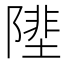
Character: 𨻼